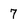
Character: 7